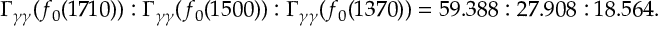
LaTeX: \Gamma _ { \gamma \gamma } ( f _ { 0 } ( 1 7 1 0 ) ) : \Gamma _ { \gamma \gamma } ( f _ { 0 } ( 1 5 0 0 ) ) : \Gamma _ { \gamma \gamma } ( f _ { 0 } ( 1 3 7 0 ) ) = 5 9 . 3 8 8 : 2 7 . 9 0 8 : 1 8 . 5 6 4 .